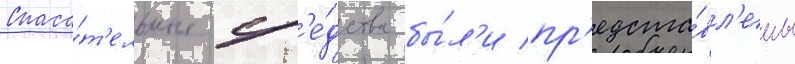
Спаса́т'ельные ср'е́дства бы́л'и пр'едста́вл'ены